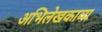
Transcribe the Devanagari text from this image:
अभिलेखकाव्य